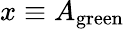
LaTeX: x\equiv A_{\mathrm{green}}